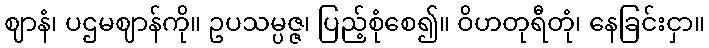
ဈာနံ၊ ပဌမဈာန်ကို။ ဥပသမ္ပဇ္ဇ၊ ပြည့်စုံစေ၍။ ဝိဟတုရီတုံ၊ နေခြင်းငှာ။